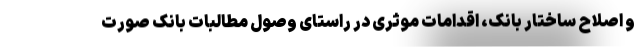
و اصلاح ساختار بانک، اقدامات موثری در راستای وصول مطالبات بانک صورت